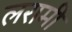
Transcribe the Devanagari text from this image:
लरामी